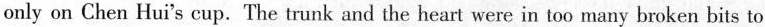
only on Chen Hui's cup.The trunk and the heart were in too many broken bits to